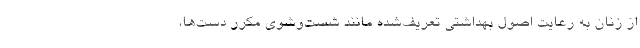
از زنان به رعایت اصول بهداشتی تعریف‌شده مانند شست‌وشوی مکرر دست‌ها،